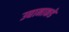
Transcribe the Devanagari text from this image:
उद्यानाकडे